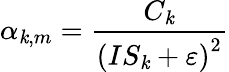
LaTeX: \alpha_{\mathit{k},m}=\frac{{C_{\mathit{k}}}}{{\left(IS_{\mathit{k}}+\varepsilon\right)^{2}}}